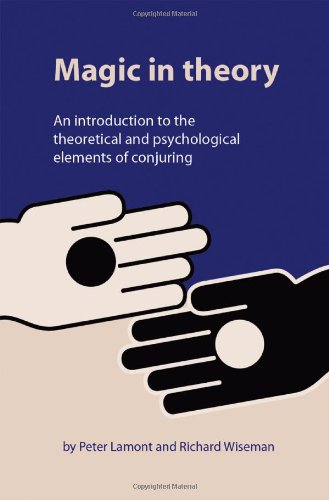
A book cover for Magic in Theory: An Introduction to the Theoretical and Psychological Elements of Conjuring; Peter Lamont; Humor & Entertainment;